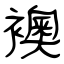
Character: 襖